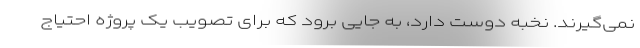
نمی‌گیرند. نخبه دوست دارد، به جایی برود که برای تصویب یک پروژه احتیاج